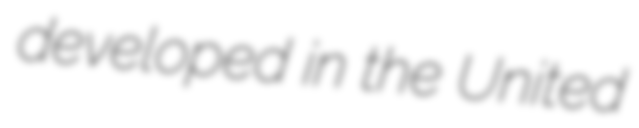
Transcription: developed in the United